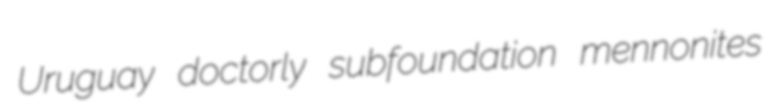
Uruguay doctorly subfoundation mennonites